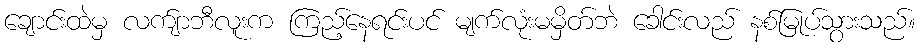
ချောင်းထဲမှ လက်ျာဘီလူးက ကြည့်နေရင်းပင် မျက်လုံးမမှိတ်ဘဲ ခေါင်းလည် နစ်မြုပ်သွားသည်။